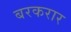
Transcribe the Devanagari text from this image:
बरकरार